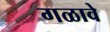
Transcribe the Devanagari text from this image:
गळावे